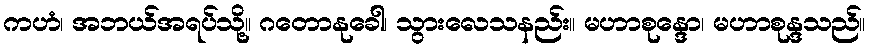
ကဟံ၊ အဘယ်အရပ်သို့။ ဂတောနုခေါ၊ သွားလေသနည်း။ မဟာစုန္ဒော၊ မဟာစုန္ဒသည်။